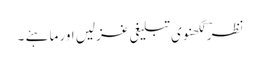
نظرؔ لکھنوی تبلیغی غزلیں اور ماہئے ۔